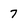
Character: 7